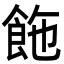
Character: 𩛆